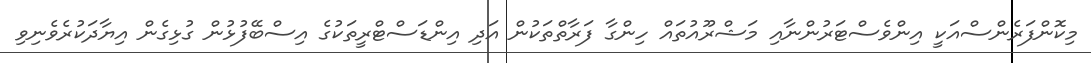
މިކޮންފަރެންސްއަކީ އިންވެސްޓަރުންނާއި މަޝްރޫއުތައް ހިންގާ ފަރާތްތަކުން އަދި އިންޑަސްޓްރީތަކުގެ އިސްބޭފުޅުން ގުޅިގެން އިޔާދަކުރެވެނިވި